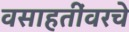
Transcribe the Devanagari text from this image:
वसाहतींवरचे